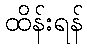
ထိန်းရန်